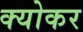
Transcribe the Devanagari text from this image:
क्योकर